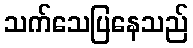
သက်သေပြနေသည်